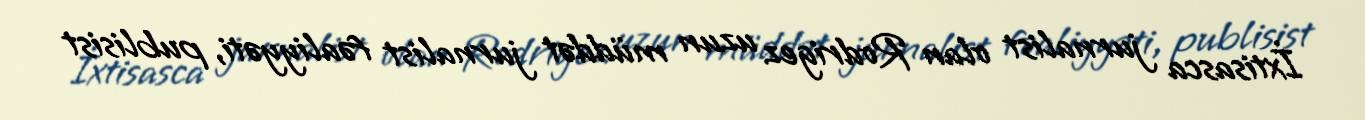
İxtisasca jurnalist olan Rodrigez uzun müddət jurnalist fəaliyyəti, publisist